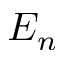
E _ { n }